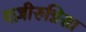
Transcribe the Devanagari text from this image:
वज़ीरुन्निसा